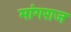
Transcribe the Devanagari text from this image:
मांगराज